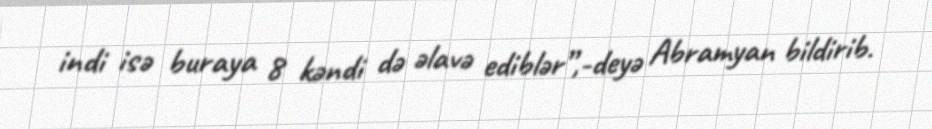
indi isə buraya 8 kəndi də əlavə ediblər”,-deyə Abramyan bildirib.